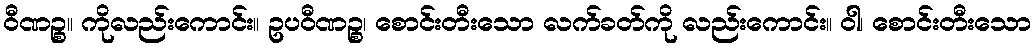
ဝီဏဉ္စ။ ကိုလည်းကောင်း။ ဥပဝီဏဉ္စ၊ စောင်းတီးသော လက်ခတ်ကို လည်းကောင်း။ ဝါ၊ စောင်းတီးသော